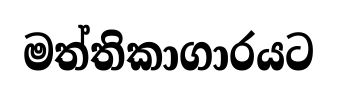
මත්තිකාගාරයට